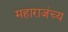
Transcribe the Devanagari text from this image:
महाराजंच्य